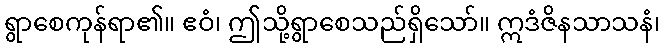
ရွာစေကုန်ရာ၏။ ဧဝံ၊ ဤသို့ရွာစေသည်ရှိသော်။ ဣဒံဇိနသာသနံ၊